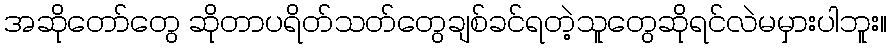
အဆိုတော်တွေ ဆိုတာပရိတ်သတ်တွေချစ်ခင်ရတဲ့သူတွေဆိုရင်လဲမမှားပါဘူး။